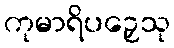
ကုမာရိပဉှေသု